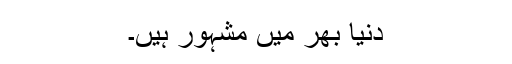
دنیا بھر میں مشہور ہیں۔